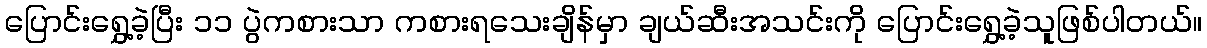
ပြောင်းရွှေ့ခဲ့ပြီး ၁၁ ပွဲကစားသာ ကစားရသေးချိန်မှာ ချယ်ဆီးအသင်းကို ပြောင်းရွှေ့ခဲ့သူဖြစ်ပါတယ်။